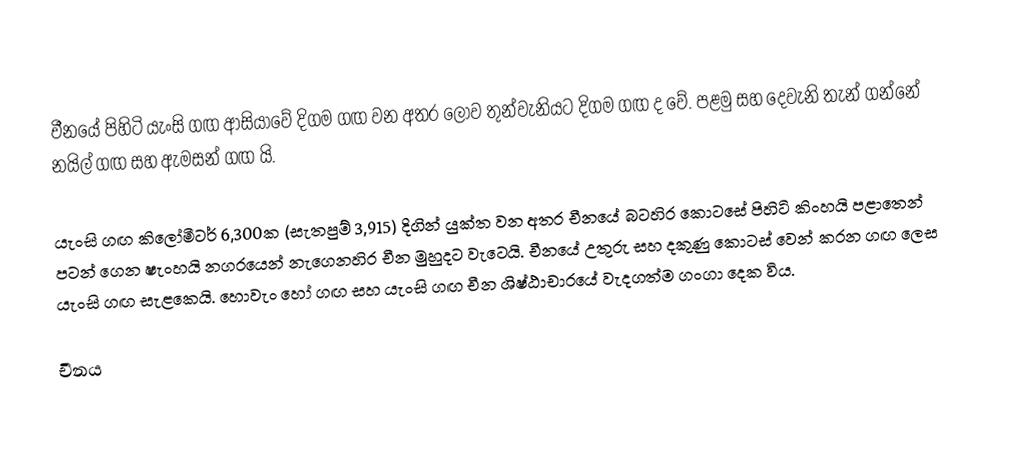
චීනයේ පිහිටි යැංසි ගඟ ආසියාවේ දිගම ගඟ වන අතර ලොව තුන්වැනියට දිගම ගඟ ද වේ. පළමු සහ දෙවැනි තැන් ගන්නේ නයිල් ගඟ සහ ඇමසන් ගඟ යි.

යැංසි ගඟ කිලෝමීටර් 6,300ක (සැතපුම් 3,915) දිගින් යුක්ත වන අතර චීනයේ බටහිර කොටසේ පිහිටි කිංහයි පළාතෙන් පටන් ගෙන ෂැංහයි නගරයෙන් නැගෙනහිර චීන මුහුදට වැටෙයි. චීනයේ උතුරු සහ දකුණු කොටස් වෙන් කරන ගඟ ලෙස යැංසි ගඟ සැළකෙයි. හොවැං හෝ ගඟ සහ යැංසි ගඟ චීන ශිෂ්ඨාචාරයේ වැදගත්ම ගංගා දෙක විය.

චීනය